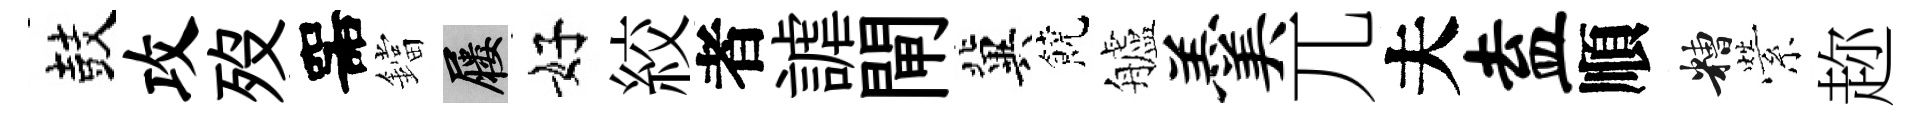
鼓攻歿噐鐺屨好絞者謔閘冀饒艫羹兀夫盍順糟縈趂